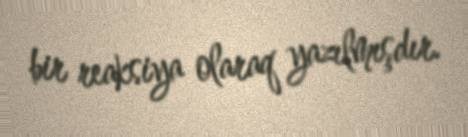
bir reaksiya olaraq yazılmışdır.